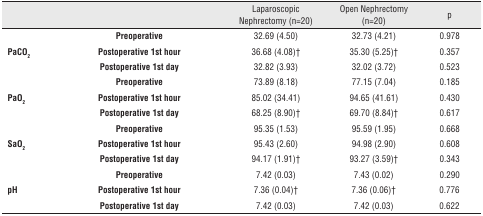
<table><thead><tr><td></td><td></td><td><b>Laparoscopic Nephrectomy (n=20)</b></td><td><b>Open Nephrectomy (n=20)</b></td><td><b>p</b></td></tr></thead><tbody><tr><td rowspan="3"><b>PaCO<sub>2</sub></b></td><td><b>Preoperative</b></td><td>32.69 (4.50)</td><td>32.73 (4.21)</td><td>0.978</td></tr><tr><td><b>Postoperative 1st hour</b></td><td>36.68 (4.08)†</td><td>35.30 (5.25)†</td><td>0.357</td></tr><tr><td><b>Postoperative 1st day</b></td><td>32.82 (3.93)</td><td>32.02 (3.72)</td><td>0.523</td></tr><tr><td rowspan="3"><b>PaO<sub>2</sub></b></td><td><b>Preoperative</b></td><td>73.89 (8.18)</td><td>77.15 (7.04)</td><td>0.185</td></tr><tr><td><b>Postoperative 1st hour</b></td><td>85.02 (34.41)</td><td>94.65 (41.61)</td><td>0.430</td></tr><tr><td><b>Postoperative 1st day</b></td><td>68.25 (8.90)†</td><td>69.70 (8.84)†</td><td>0.617</td></tr><tr><td rowspan="3"><b>SaO2</b></td><td><b>Preoperative</b></td><td>95.35 (1.53)</td><td>95.59 (1.95)</td><td>0.668</td></tr><tr><td><b>Postoperative 1st hour</b></td><td>95.43 (2.60)</td><td>94.98 (2.90)</td><td>0.608</td></tr><tr><td><b>Postoperative 1st day</b></td><td>94.17 (1.91)†</td><td>93.27 (3.59)†</td><td>0.343</td></tr><tr><td rowspan="3"><b>pH</b></td><td><b>Preoperative</b></td><td>7.42 (0.03)</td><td>7.43 (0.02)</td><td>0.290</td></tr><tr><td><b>Postoperative 1st hour</b></td><td>7.36 (0.04)†</td><td>7.36 (0.06)†</td><td>0.776</td></tr><tr><td><b>Postoperative 1st day</b></td><td>7.42 (0.03)</td><td>7.42 (0.03)</td><td>0.622</td></tr></tbody></table>